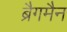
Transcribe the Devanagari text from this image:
ब्रैगमैन